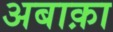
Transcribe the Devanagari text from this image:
अबाक़ा